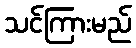
သင်ကြားမည်